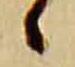
々